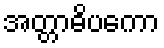
အတ္တာဓိပကော